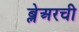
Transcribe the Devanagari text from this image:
ब्लेअरची